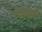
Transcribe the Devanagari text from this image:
रेपल्लै